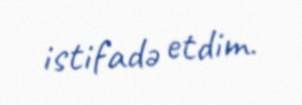
istifadə etdim.